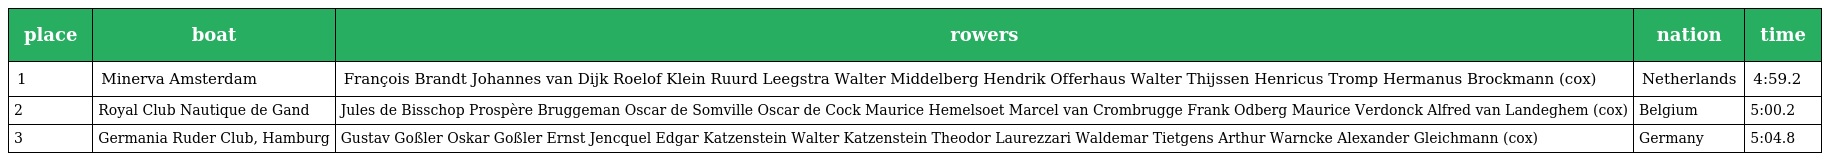
| place | boat | rowers | nation | time |
 | --- | --- | --- | --- | --- |
 | 1 | Minerva Amsterdam | François Brandt Johannes van Dijk Roelof Klein Ruurd Leegstra Walter Middelberg Hendrik Offerhaus Walter Thijssen Henricus Tromp Hermanus Brockmann (cox) | Netherlands | 4:59.2 |
 | 2 | Royal Club Nautique de Gand | Jules de Bisschop Prospère Bruggeman Oscar de Somville Oscar de Cock Maurice Hemelsoet Marcel van Crombrugge Frank Odberg Maurice Verdonck Alfred van Landeghem (cox) | Belgium | 5:00.2 |
 | 3 | Germania Ruder Club, Hamburg | Gustav Goßler Oskar Goßler Ernst Jencquel Edgar Katzenstein Walter Katzenstein Theodor Laurezzari Waldemar Tietgens Arthur Warncke Alexander Gleichmann (cox) | Germany | 5:04.8 |